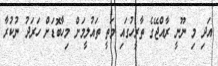
އަދި މި ނޫނީ ރާއްޖޭގެ ތާރީހުގައި މަތީ ތައުލީމަށް މިހާބޮޑަށް ހަރަދު ނުކުރާ